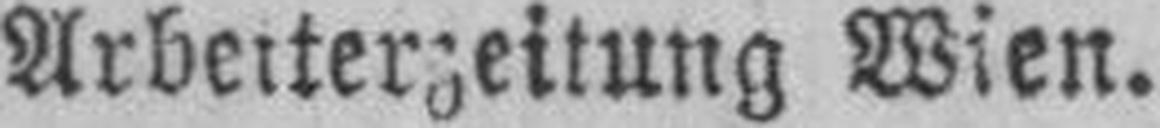
Arbeiterzeitung Wien.